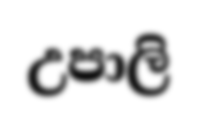
උපාලි